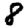
Digit: 8